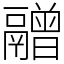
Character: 䰝